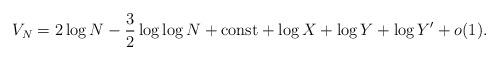
LaTeX: \begin{align*}V_N = 2\log N-\frac{3}{2}\log\log N+{\rm const}+\log X+ \log Y+\log Y'+o(1).\end{align*}